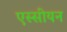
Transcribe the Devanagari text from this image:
एस्सीयन